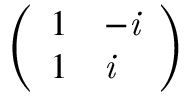
\left( \begin{array} { l l } { 1 } & { - \it { i } } \\ { 1 } & { \it { i } } \end{array} \right)